Annual statistical returns and brief notes on vaccination in Bengal - 1896-1909
Year: 1896
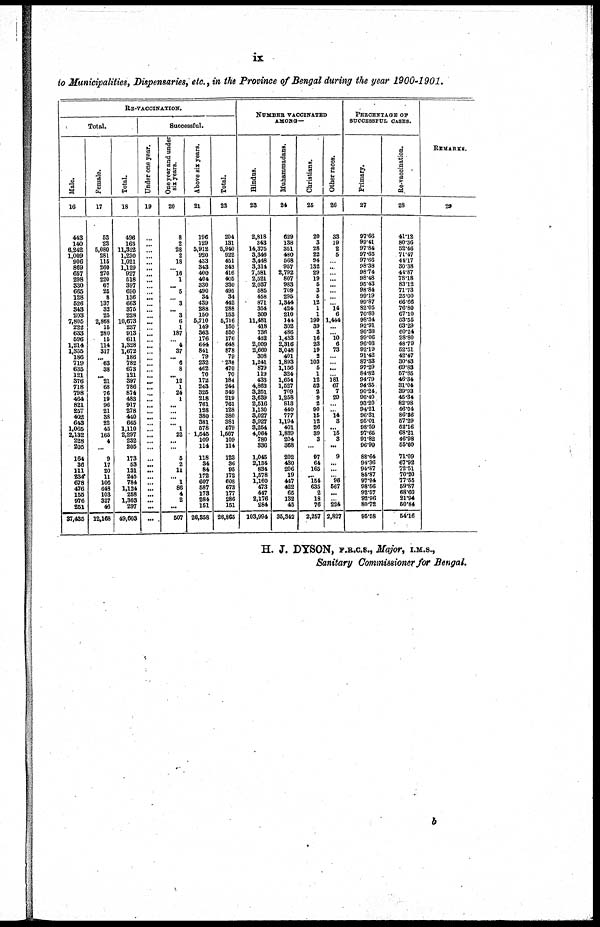
ix
to Municipalities, Dispensaries, etc., in the Province of Bengal during the year 1900-1901.
RE-VACCINATION.
Total.
Male.
16
443
140
6,242
1,009
906
869
657
298
330
665
128
526
843
203
7,805
222
633
596
1,214
1,355
186
719
635
121
376
718
798
464
821
257
402
643
1,065
2,132
228
205
164
36
111
234
678
476
155
976
251
37,485
Female.
17
53
23
5,080
281
115
260
270
220
67
25
8
137
32
25
2,868
15
280
15
114
317
...
...
38
...
21
68
76
19
96
21
38
22
45
165
4
...
9
17
20
11
106
648
103
327
46
12,168
Total.
18
496
163
11,322
1,290
1,021
1,129
927
518
397
690
136
663
875
228
10,673
237
913
611
1,328
1,672
186
782
673
121
397
786
874
483
917
278
440
665
1,110
2,297
232
205
173
53
131
245
784
1,124
258
1,303
297
49,603
Successful.
Under one year.
19
...
...
...
...
...
...
...
...
...
...
... ...
...
...
...
...
...
...
...
...
...
...
...
...
...
...
...
...
...
...
...
...
...
...
...
...
...
...
...
...
...
...
...
...
...
...
One year and under
six years.
20
8
2
28
2
18
...
...
1
... 5
... 3
...
3
6
1
187
...
4
37
...
6
8
...
12
1
24
1
...
...
...
...
1
22
...
...
5
2
11
...
1
86
4
2
...
507
Above six years.
21
196
129
5,912
920
433
343
400
404
330
490
34
439
288
150
5,710
149
363
176
644
841
79
232
462
70
172
243
325
218
761
128
380
381
578
1,545
109
114
118
34
84
172
607
587
173
284
151
26,358
Total.
22
204
131
5,940
922
451
343
416
405
330
495
34
442
288
153
5,716
150
550
176
648
878
79
238
470
70
184
244
349
219
761
128
380
381
579
1,567
109
114
123
36
95
172
608
673
177
286
151
26,865
NUMBER VACCINATED
AMONG—
Hindus.
23
2,818
343
14,375
3,346
3,448
3,314
7,581
2,521
2,037
585
458
871
354
309
11,481
418
736
432
2,009
2,660
308
1,241
879
119
433
4,863
3,251
3,639
2,516
1,130
3,027
3,927
3,254
4,064
780
336
1,045
2,134
834
1,578
1,160
473
447
2,176
284
103,994
Muhammadans.
24
629
138
351
480
568
957
2,792
807
983
709
295
1,344
424
210
144
302
486
1,433
2,316
3,048
401
1,893
1,156
324
1,654
1,527
709
1,258
813
440
777
1,194
401
1,839
204
368
202
430
206
19
447
422
65
132
45
35,342
Christians.
25
20
3
28
22
94
132
29
19
5
3
5
12
1
1
199
39
3
16
23
19
2
103
5
1
12
52
2
9
2
90
15
12
26
39
3
...
97
64
165
...
154
635
2
18
76
2,257
Other races.
26
33
19
2
5
...
...
...
...
...
...
... ...
14
6
1,444
...
... 10
6
73
...
...
...
...
181
67
7
29
...
... 14
3
... 15
3
...
9
...
...
... 96
567
...
...
224
2,827
PERCENTAGE OF
SUCCESSFUL CASES.
Primary.
27
97.66
99.41
97.84
97.65
97.66
98.38
98.74
98.48
95.43
98.84
99.19
99.87
82.05
70.80
98.34
92.91
90.38
99.06
96.03
92.19
91.42
87.33
97.29
84.82
94.79
94.35
90.24
96.40
93.20
94.21
96.31
95.01
98.59
97.65
91.82
96.99
88.64
94.36
94.87
86.87
97.94
98.56
92.57
92.96
80.72
95.58
Re-vaccination.
28
41.12
80.36
52.46
71.47
44.17
30.38
41.87
78.18
83.12
71.73
25.00
66.66
76.80
67.10
53.55
63.29
60.24
28.80
48.79
52.51
42.47
30.43
69.83
57.85
46.34
31.04
39.93
45.34
82.98
46.04
86.86
57.29
62.16
68.21
46.98
55.60
71.09
67.92
72.51
70.20
77.55
59.87
68.60
21.94
50.84
54.16
REMARKS.
29
H. J. DYSON, F.R.C.S., Major, I.M.S.,
Sanitary Commissioner for Bengal.
b